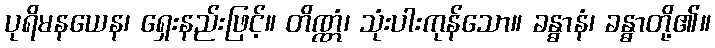
ပုရိမနယေန၊ ရှေးနည်းဖြင့်။ တိဏ္ဏံ၊ သုံးပါးကုန်သော။ ခန္ဓာနံ၊ ခန္ဓာတို့၏။